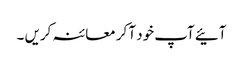
آئیے آپ خود آ کر معائنہ کریں ۔